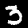
Label: 3